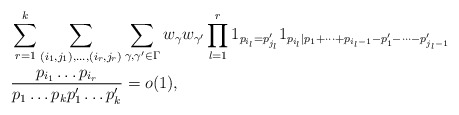
\begin{align*}& \sum_{r=1}^k \sum_{(i_1,j_1),\dots,(i_r,j_r)} \sum_{\gamma,\gamma' \in \Gamma} w_\gamma w_{\gamma'} \prod_{l=1}^r 1_{p_{i_l}=p'_{j_l}} 1_{p_{i_l}|p_1+\dots+p_{i_l-1} - p'_1 - \dots - p'_{j_l-1}} \\&\frac{ p_{i_1} \dots p_{i_r} }{ p_1 \dots p_k p'_1 \dots p'_k } = o(1),\end{align*}